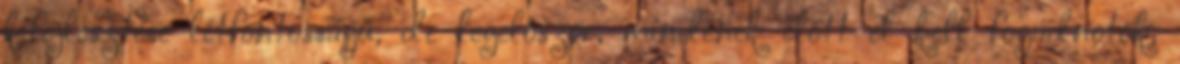
kifejlesztése létfontosságú, de legelőször, mindenek előtt el kell fogadnotok,